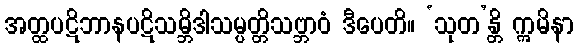
အတ္ထပဋိဘာနပဋိသမ္ဘိဒါသမ္ပတ္တိသဗ္ဘာဝံ ဒီပေတိ။ ‘သုတ’န္တိ ဣမိနာ